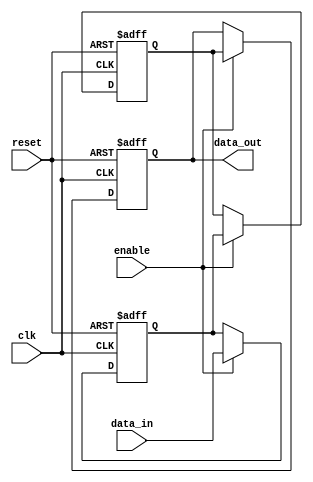
module BufferDelay (
    input wire clk,
    input wire reset,
    input wire enable,
    input wire [7:0] data_in,
    output reg [7:0] data_out
);

parameter DELAY_LENGTH = 3;

reg [7:0] delay_buffer [0:DELAY_LENGTH-1];

integer i;

always @(posedge clk or posedge reset) begin
    if (reset) begin
        for (i = 0; i < DELAY_LENGTH; i = i + 1) begin
            delay_buffer[i] <= 8'b0;
        end
    end else if (enable) begin
        delay_buffer[0] <= data_in;
        
        for (i = 0; i < DELAY_LENGTH-1; i = i + 1) begin
            delay_buffer[i+1] <= delay_buffer[i];
        end
    end
end

assign data_out = delay_buffer[DELAY_LENGTH-1];

endmodule